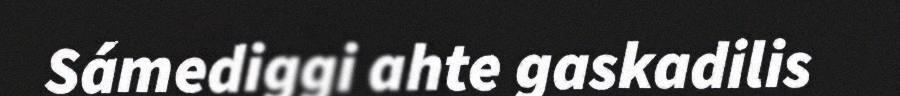
Sámediggi ahte gaskadilis